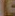
L